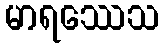
မာရဿေသ